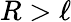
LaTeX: R>\ell